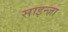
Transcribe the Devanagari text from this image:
साइन्ज़ा